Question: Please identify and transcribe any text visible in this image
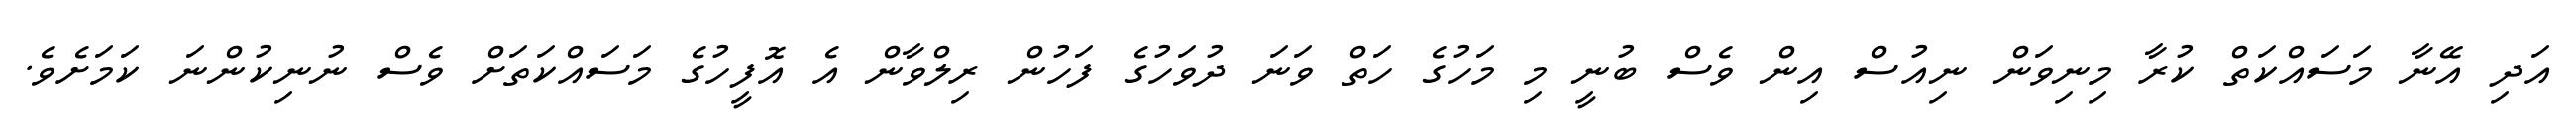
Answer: އަދި އޭނާ މަސައްކަތް ކުރާ މިނިވަން ނިއުސް އިން ވެސް ބުނީ މި މަހުގެ ހަތް ވަނަ ދުވަހުގެ ފަހުން ރިލްވާން އެ އޮފީހުގެ މަސައްކަތަށް ވެސް ނުނިކުންނަ ކަމަށެވެ.